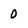
Character: 0